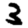
Digit: 3